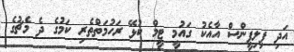
އަދި ޕިލިޕީންސް އާއެކު ގައުމީ ޓީމް ކުޅޭ ރަހުމަތްތެރި ކަމުގެ ދެ މެޗުގެ